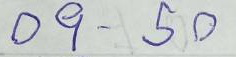
09 - 50